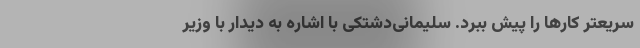
سریعتر کارها را پیش ببرد. سلیمانی‌دشتکی با اشاره به دیدار با وزیر